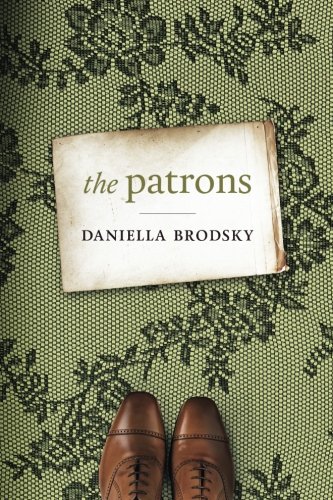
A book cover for The Patrons; Daniella Brodsky; Romance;